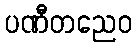
ပဏီတညေဝ